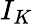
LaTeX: I_{K}